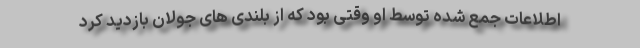
اطلاعات جمع شده توسط او وقتی بود که از بلندی های جولان بازدید کرد